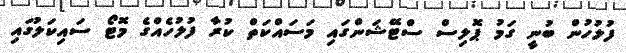
ފުލުހުން ބުނީ ގަމު ޕޮލިސް ސްޓޭޝަންގައި މަސައްކަތް ކުރާ ފުލުހެއްގެ މޮޓޯ ސައިކަލުގައި